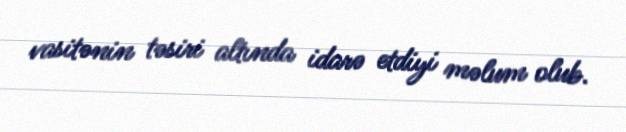
vasitənin təsiri altında idarə etdiyi məlum olub.